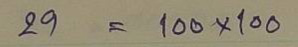
29 = 100x100